Eesti_Rahvusfond, lk 28
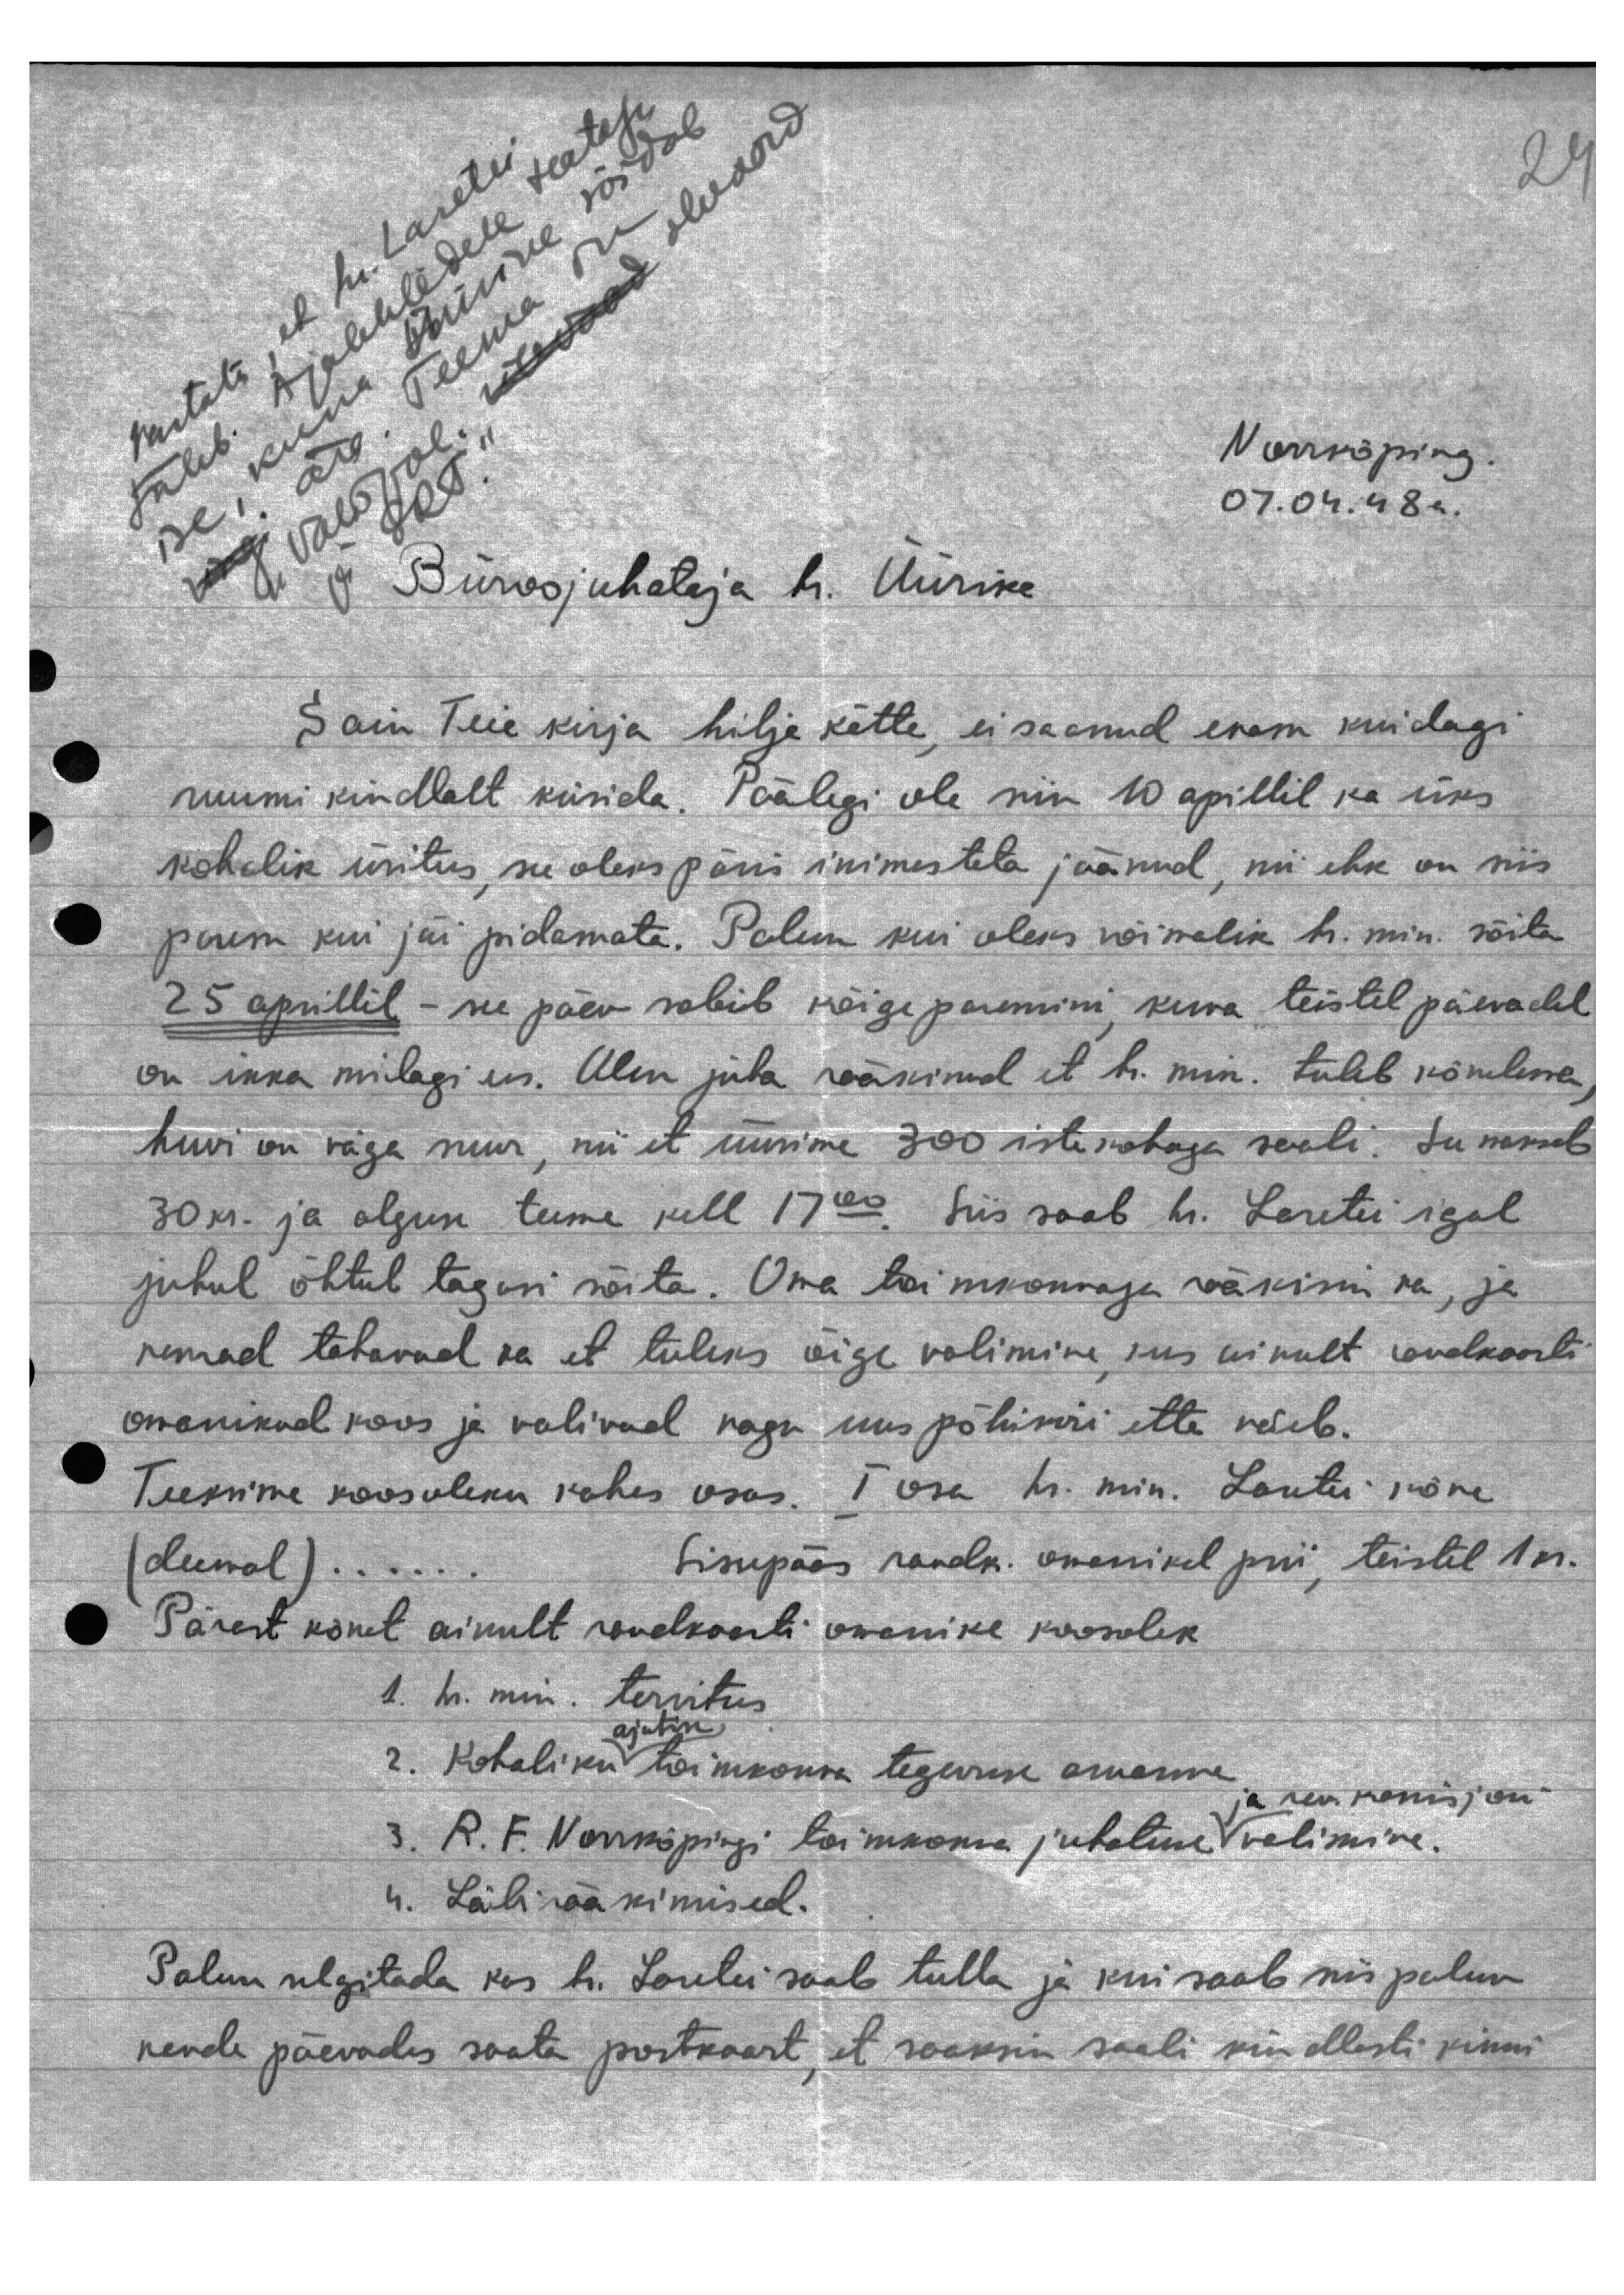
Näitab, et hr. Laretei
tuleb. Ajalehtedele teatas
ise, kuna Üürike sõidab
ära. Teema on
Valjoe olewad
ERF
Norrköping
07.04.48a.
Büroojuhataja hr. Üürike
Sain Teie kirja hilja kätte, ei saanud enam kuidagi
ruumi kindlalt küsida. Päälegi ole siin 10 aprillil ka üks
kohalik üritus, see oleks päris inimesteta jäänud, nii ehk on siis
parem kui jäi pidamata. Palun kui oleks võimalik h. min. sõita.
25 aprillil - see päev sobib kõigepaemini, kuna teistel päeval
on ikka milagi ees. Olen juba rääkinud et hr. min. tuleb kõnelema,
huvi on väga suur, nii et üürime 300 istukohaga saali. See meheb
30 kr. ja alguse teeme kell 17 00. Siis saab hr. Laretei igal
juhul õhtul tagasi sõita. Oma toimkonnaga rääkisin ka, ja
nemad tahavad ka et tuleks õige valimine, kus ainult reudkaarti
omanikud koos ja valivad nagu uus põhikiri ette näeb.
Teeksime koosoleku kahes osas. I osa hr. min. Lautei kõne.
(deemal)..... Sissepääs raudk. omanikul prii, teistel 1 kr.
Pärast kõnet ainult raudkaarti omanike koosolek
1. h. min. tervitus
ajutise
2. Kohaliku toimkonna tegevuse aruanne
ja rev. komisjon
3. R. F. Norrköpingi toimkonna juhatuse valimine.
4. Läbirääkimised.
Palun selgitada kas hr. Laretei saab tulla ja kui saab siis palun
nende päewades saata postkaart, et saaksin saali kindlasti kinni